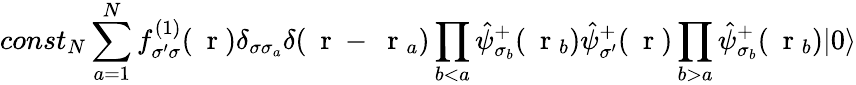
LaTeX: const_{N}\sum_{a=1}^{N}f_{\sigma^{\prime}\sigma}^{(1)}(\mathrm{~\mathbf~r~})\delta_{\sigma\sigma_{a}}\delta(\mathrm{~\mathbf~r~}-\mathrm{~\mathbf~r~}_{a})\prod_{b<a}\hat{\psi}_{\sigma_{b}}^{+}(\mathrm{~\mathbf~r~}_{b})\hat{\psi}_{\sigma^{\prime}}^{+}(\mathrm{~\mathbf~r~})\prod_{b>a}\hat{\psi}_{\sigma_{b}}^{+}(\mathrm{~\mathbf~r~}_{b})|0\rangle